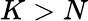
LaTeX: K>N